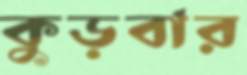
কুড়বার